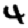
Digit: 4